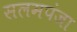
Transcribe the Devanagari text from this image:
सलमपंजा